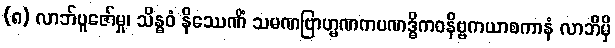
(၈) လာဘ်ပူဇော်မှု၊ သိန္ဓဝံ နိဿေဏိံ သမဏဗြာဟ္မဏကပဏဒ္ဓိကဝနိဗ္ဗကယာစကာနံ လာဘိမှိ